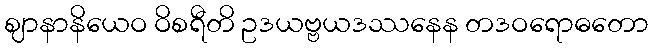
ဈာနာနိယေဝ ဝိစရီတိ ဥဒယဗ္ဗယဒဿနေန တဒဝရောဓတော